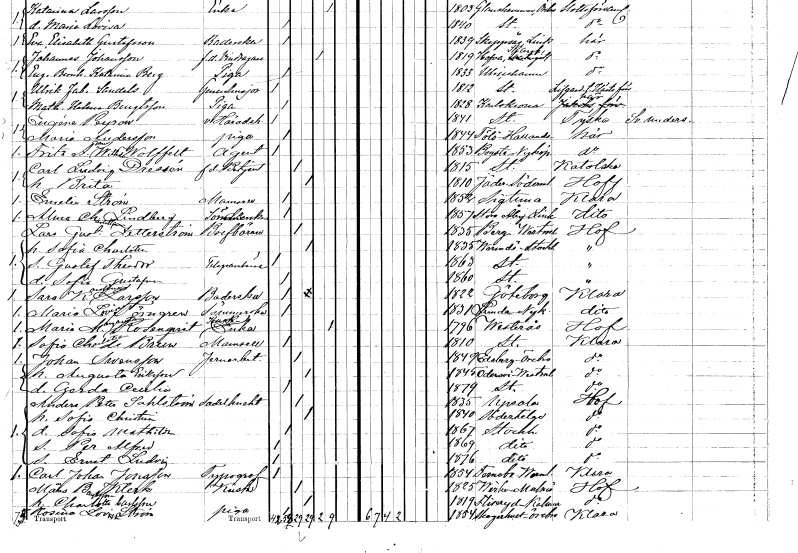
gt_parse: households: individuals: FN: Fritz Adam Wilhelm
EN: Wolffelt
YRKE: Agent
KON: M
CIV: O
FODAR: 1853
FODFORS: Bogsta Södermanlands län
FN: Carl Ludvig
EN: Dressén
YRKE: Betjänt f.d.
KON: M
CIV: G
FODAR: 1815
FODFORS: Stockholm
FN: Brita
KON: K
CIV: G
FODAR: 1810
FODFORS: Jäder Södermanlands län
FN: Emelie
EN: Ström
KON: K
CIV: O
FODAR: 1852
FODFORS: Sigtuna Stockholms län
FN: Alma Charlotta
EN: Lindberg
YRKE: Sömmerska
KON: K
CIV: O
FODAR: 1857
FODFORS: Stora Åby Östergötlands län
FN: Lars Gustaf
EN: Zetterström
YRKE: Brevbärare
KON: M
CIV: G
FODAR: 1835
FODFORS: Berg Västmanlands län
FN: Sofia Charlotta
KON: K
CIV: G
FODAR: 1835
FODFORS: Värmdö Stockholms län
FN: Gustaf Theodor
YRKE: Telegrambärare
KON: M
CIV: O
FODAR: 1863
FODFORS: Stockholm
FN: Sofia Gustafva
KON: K
CIV: O
FODAR: 1860
FODFORS: Stockholm
FN: Sara Karolina
EN: Larsson
YRKE: Baderska
KON: K
CIV: O
FODAR: 1822
FODFORS: Göteborg Göteborgs- och Bohuslän
FN: Maria Lovisa
EN: Törngren
YRKE: Sömmerska
KON: K
CIV: O
FODAR: 1831
FODFORS: Lunda Södermanlands län
FN: Maria Margareta
EN: Rosenqvist
YRKE: Kuskänka
KON: K
CIV: E
FODAR: 1796
FODFORS: Västerås Västmanlands län
FN: Sofia Charlotta
EN: de Brun
KON: K
CIV: O
FODAR: 1810
FODFORS: Stockholm
FN: Johan
EN: Swensson
YRKE: Järnarbetare
KON: M
CIV: G
FODAR: 1849
FODFORS: Edsberg Örebro län
FN: Augusta
EN: Eriksson
KON: K
CIV: G
FODAR: 1845
FODFORS: Odensvi Västmanlands län
FN: Gerda Cecilia
KON: K
CIV: O
FODAR: 1879
FODFORS: Stockholm
FN: Anders Peter
EN: Sahlström
YRKE: Sadelknekt
KON: M
CIV: G
FODAR: 1835
FODFORS: Uppsala Uppsala län
FN: Sofia Christina
KON: K
CIV: G
FODAR: 1840
FODFORS: Södertälje Stockholms län
FN: Sofia Mathilda
KON: K
CIV: O
FODAR: 1867
FODFORS: Stockholm
FN: Per Alfred
KON: M
CIV: O
FODAR: 1869
FODFORS: Stockholm
FN: Ernst Ludvig
KON: M
CIV: O
FODAR: 1876
FODFORS: Stockholm
FN: Carl Johan
EN: Jonsson
YRKE: Typograf
KON: M
CIV: O
FODAR: 1854
FODFORS: Färnebo Värmlands län
FN: Måns
EN: Bengtsson Klerk
YRKE: Kusk
KON: M
CIV: G
FODAR: 1825
FODFORS: Virke Malmöhus län
FN: Charlotta
EN: Carlsson
KON: K
CIV: G
FODAR: 1819
FODFORS: Fliseryd Kalmar län
FN: Rosina Lovisa
EN: Ström
YRKE: Piga
KON: K
CIV: O
FODAR: 1854
FODFORS: Skagershult Örebro län